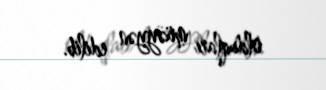
olduqları müəyyən edilib.